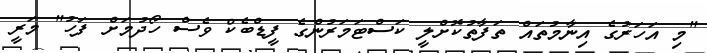
"މި އަހަރުގެ އިނާމުތައް ތަފާތުކޮށްލީ ކަސްޓަމަރުންގެ ފީޑްބެކް ވެސް ހޯދުމަށް ފަހު" މަރީ